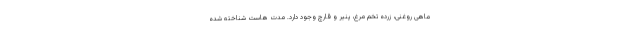
ماهی روغنی، زرده تخم مرغ، پنیر و قارچ وجود دارد. مدت هاست شناخته شده